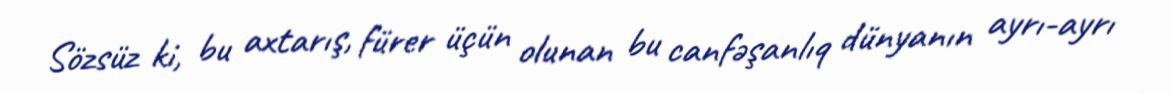
Sözsüz ki, bu axtarış, fürer üçün olunan bu canfəşanlıq dünyanın ayrı-ayrı